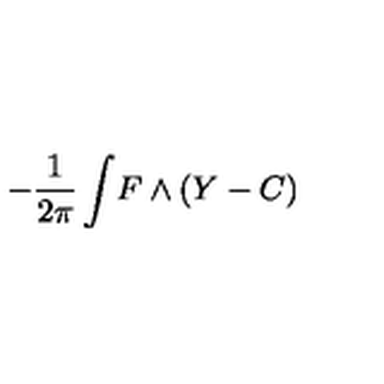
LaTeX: - { \frac { 1 } { 2 \pi } } \int \! F \wedge ( Y - C )